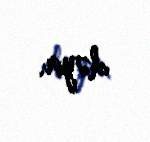
dəyir.